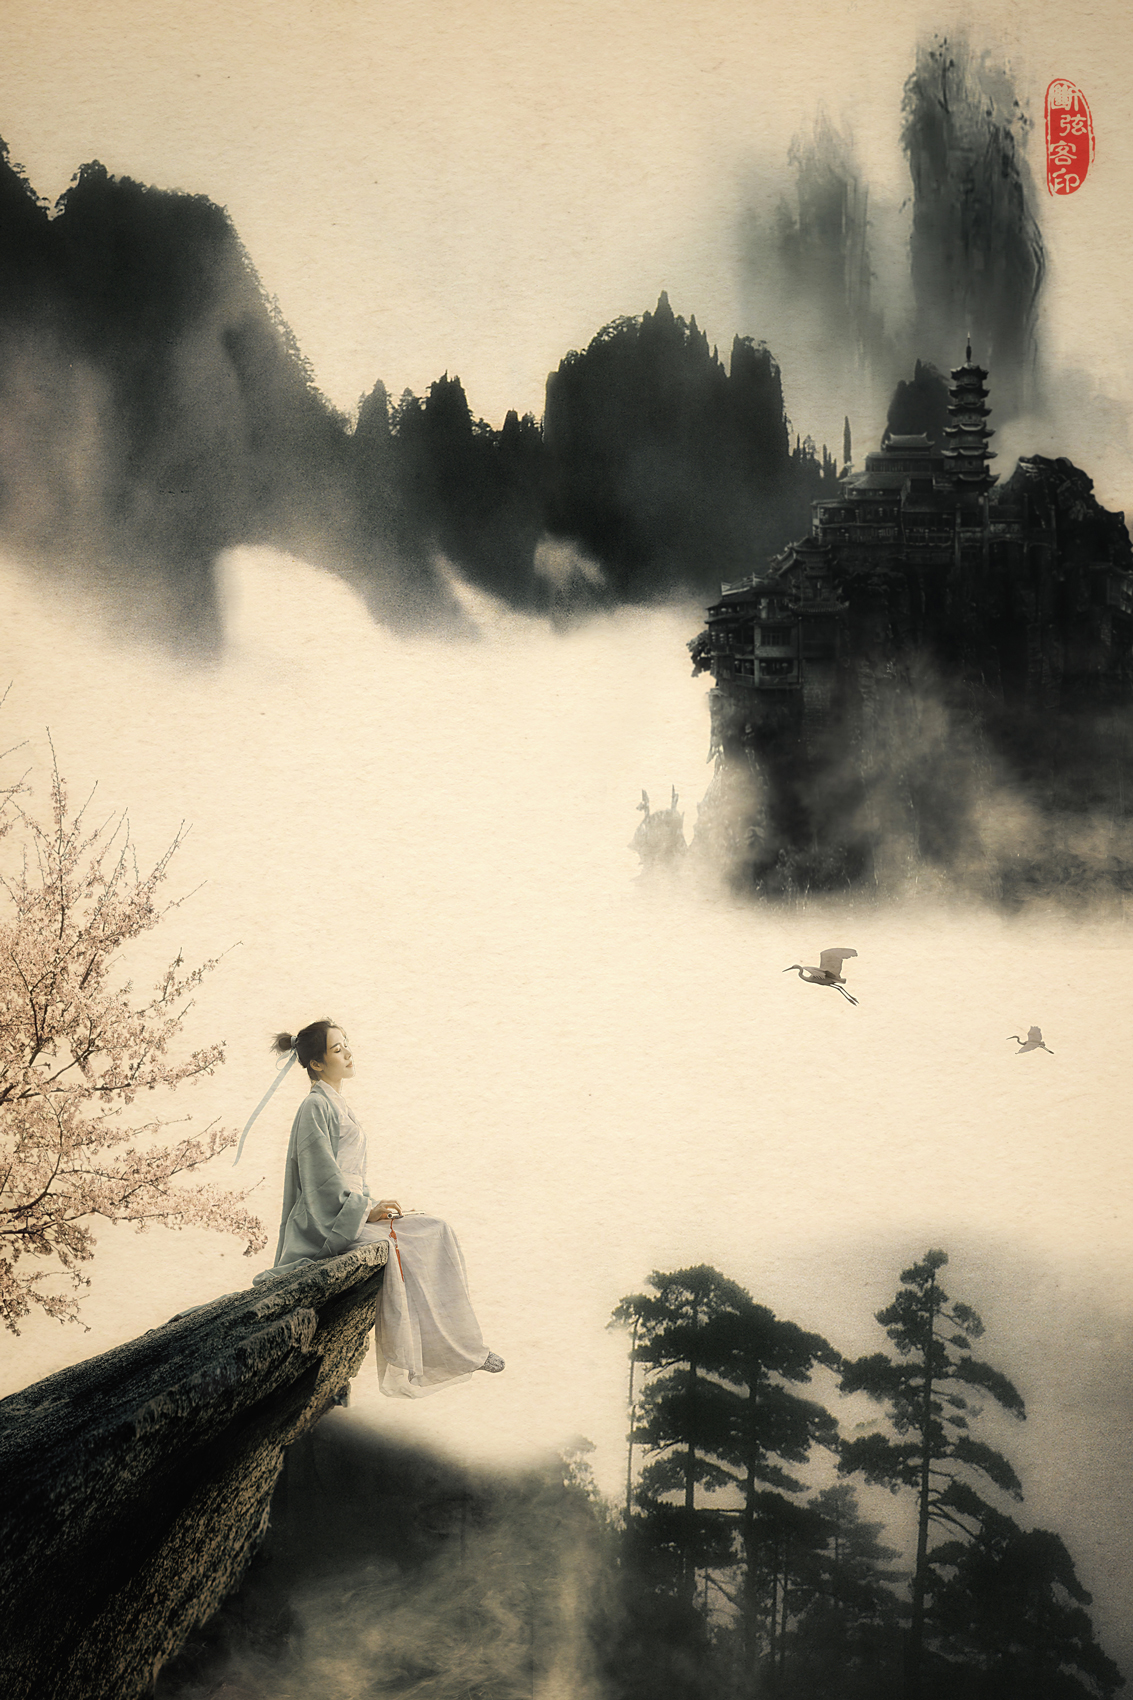
树树皆秋色，山山唯落晖。